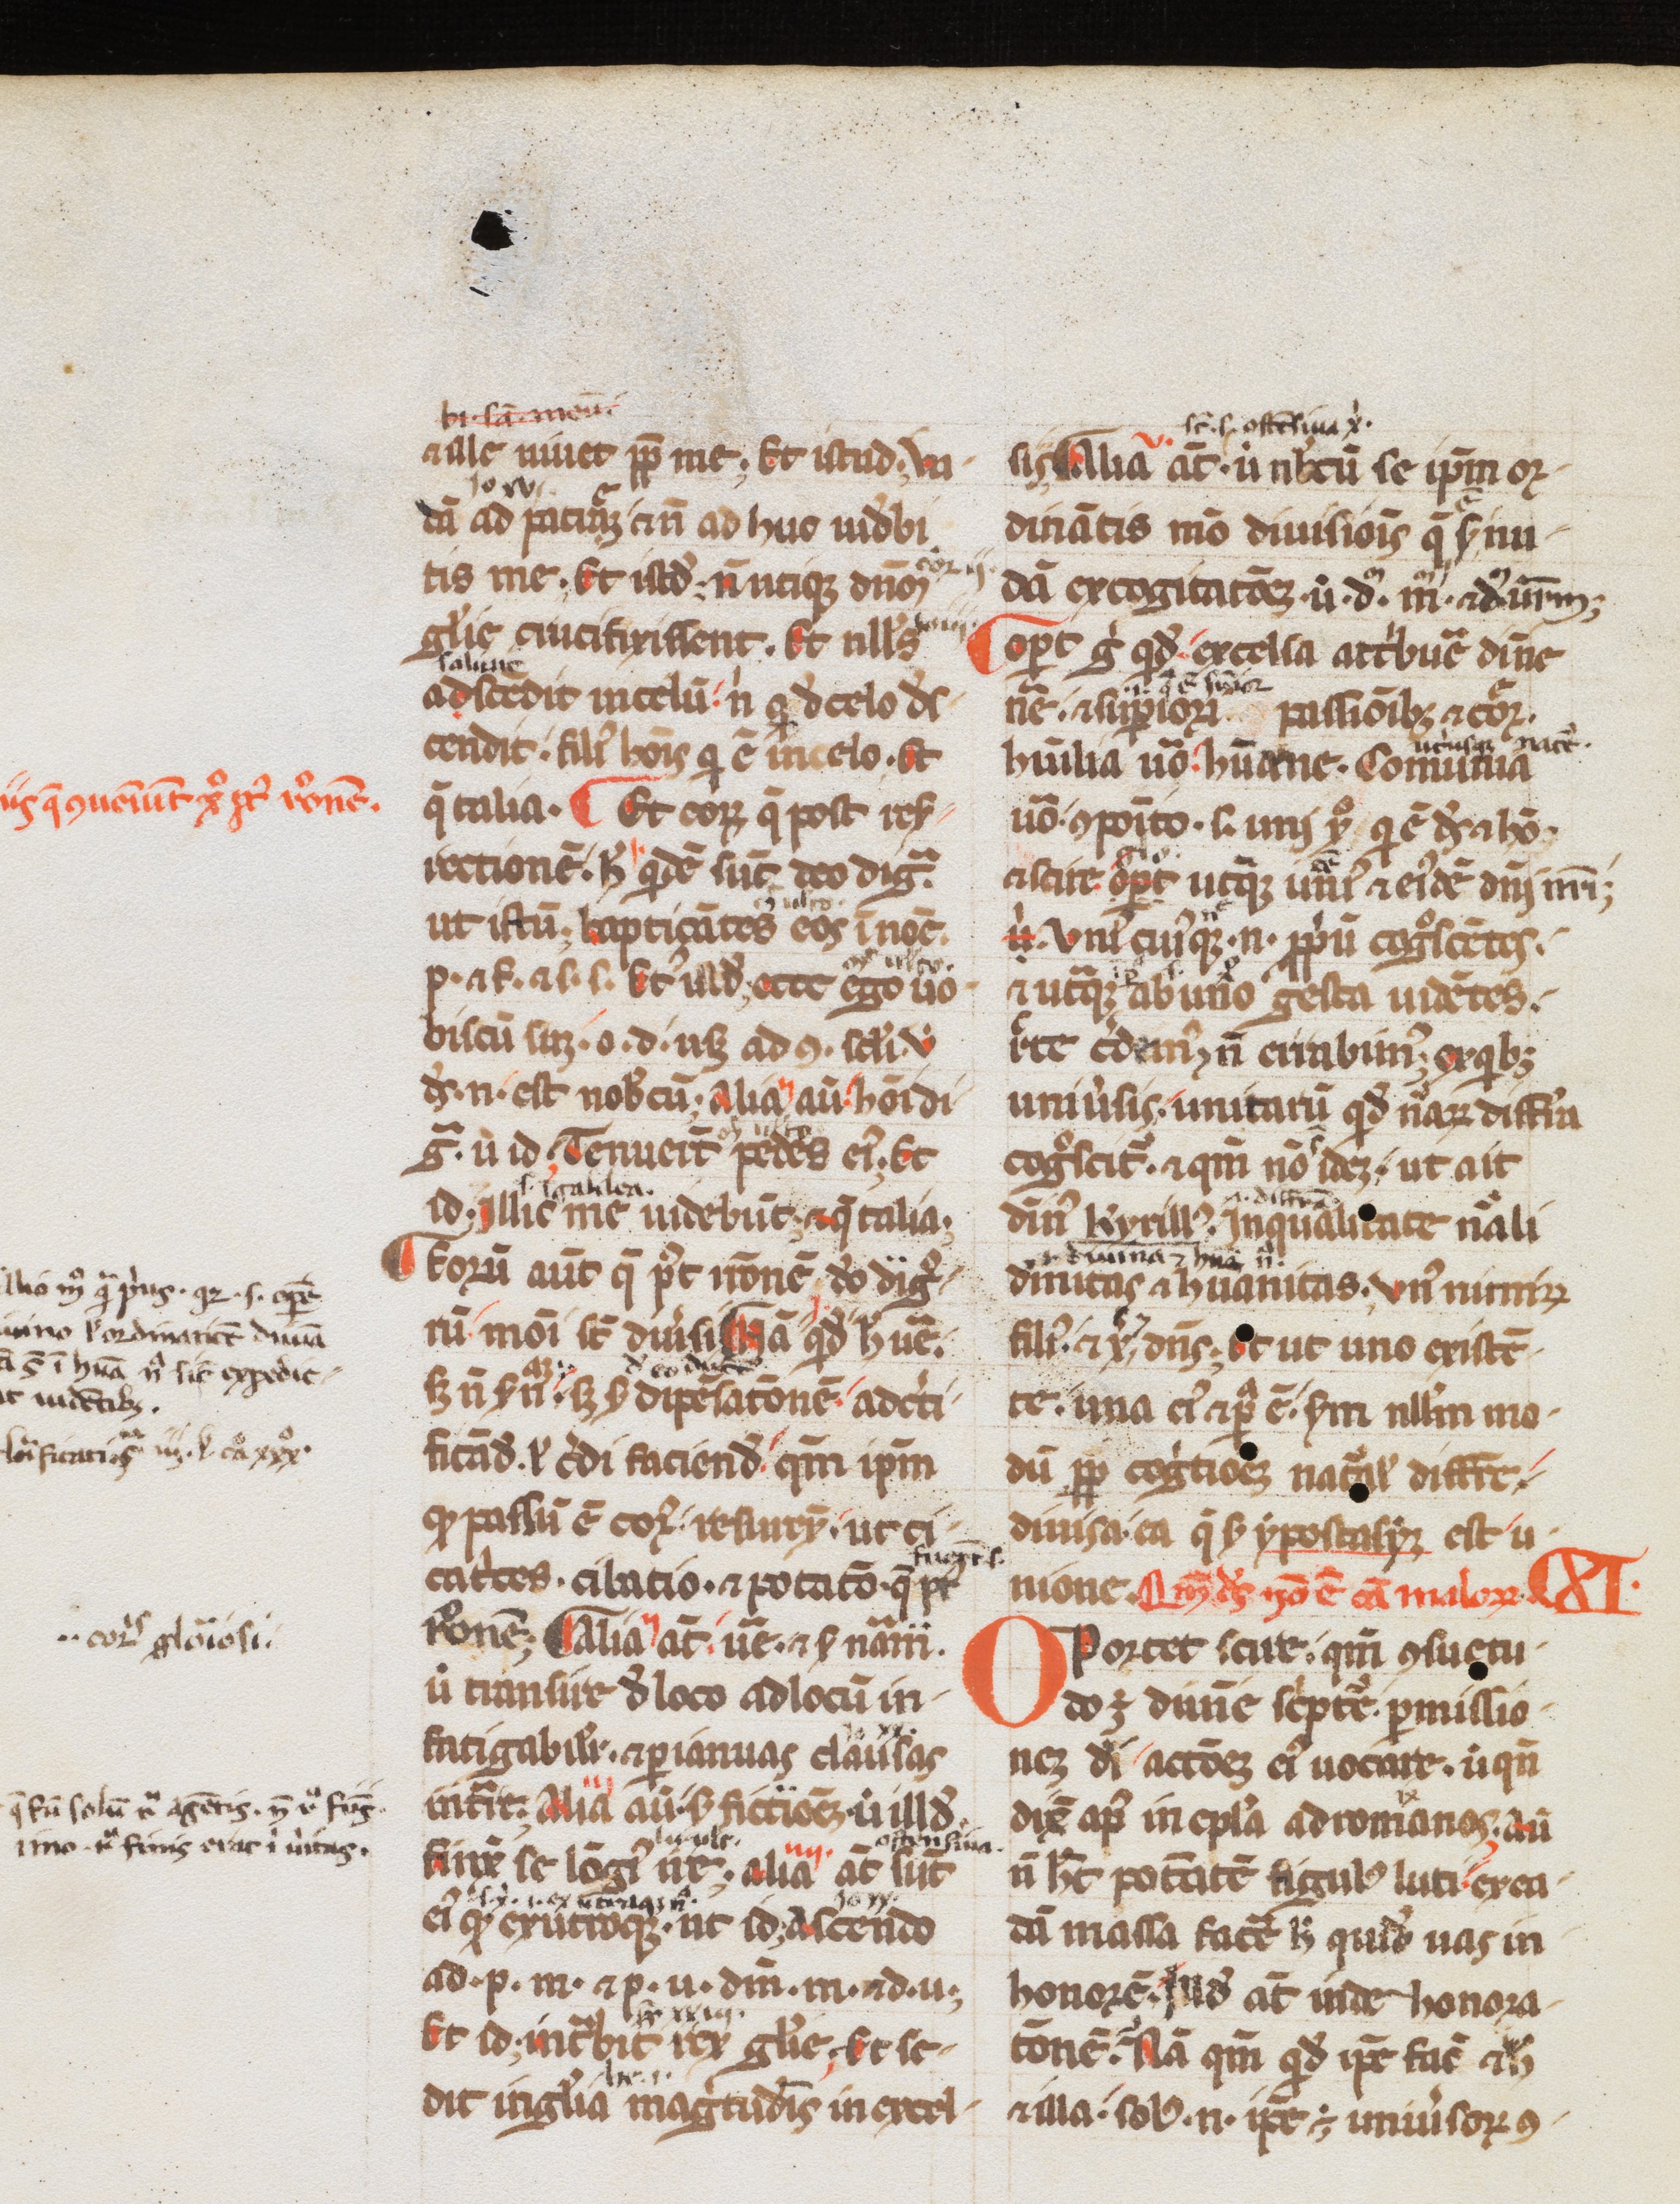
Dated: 1200–1299